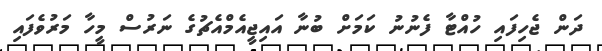
ދަން ޖެހިފައި ހުއްޓާ ފެނުނު ކަމަށް ބުނާ އައިޖީއެމްއެޗުގެ ނަރުސް މީހާ މަރުވެފައި